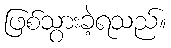
ဖြစ်သွားခဲ့ရသည်။